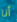
أنا